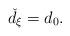
LaTeX: \begin{align*} \check{d}_{\xi} = d_0. \end{align*}